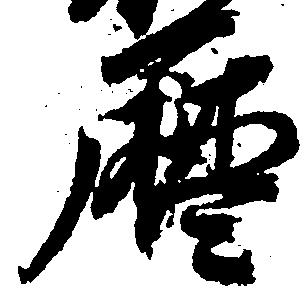
暦